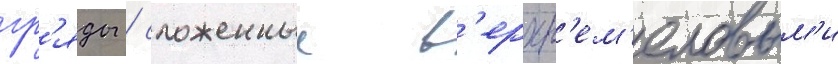
гр'яды / сложенные в'ерхн'ем'еловым'и